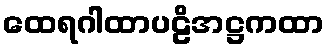
ထေရဂါထာပဠိအဋ္ဌကထာ